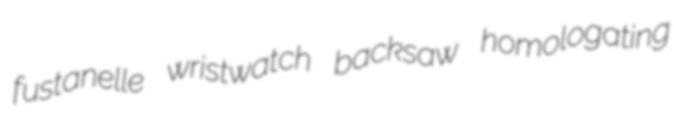
fustanelle wristwatch backsaw homologating